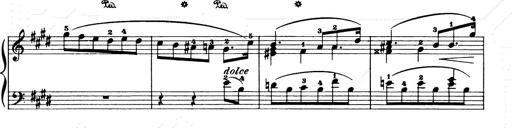
Title: Consolations and LiebestrÃ¤ume for the Piano
Composer: Franz Liszt